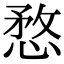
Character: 愗